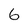
Character: 6